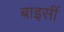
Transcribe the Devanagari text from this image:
बाइसीं